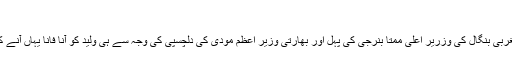
‘
انھوں نے کہا کہ ’مغربی بنگال کی وزریر اعلی ممتا بنرجی کی پہل اور بھارتی وزیر اعظم مودی کی دلچسپی کی وجہ سے ہی وليد کو آنا فانا یہاں آنے کے لیے ویزا مل گیا۔